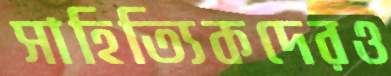
সাহিত্যিকদেরও